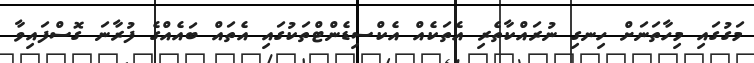
މަގުގައި މިހާތަނަށް ހިނގި ނުރައްކާތެރި އެތަކެއް އެކްސިޑެންޓްތަކުގައި އެތައް ބައެއްގެ ފުރާނަ ގޮސްފައިވާ